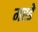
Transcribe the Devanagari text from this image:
मह्डे